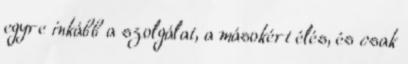
egyre inkább a szolgálat, a másokért élés, és csak